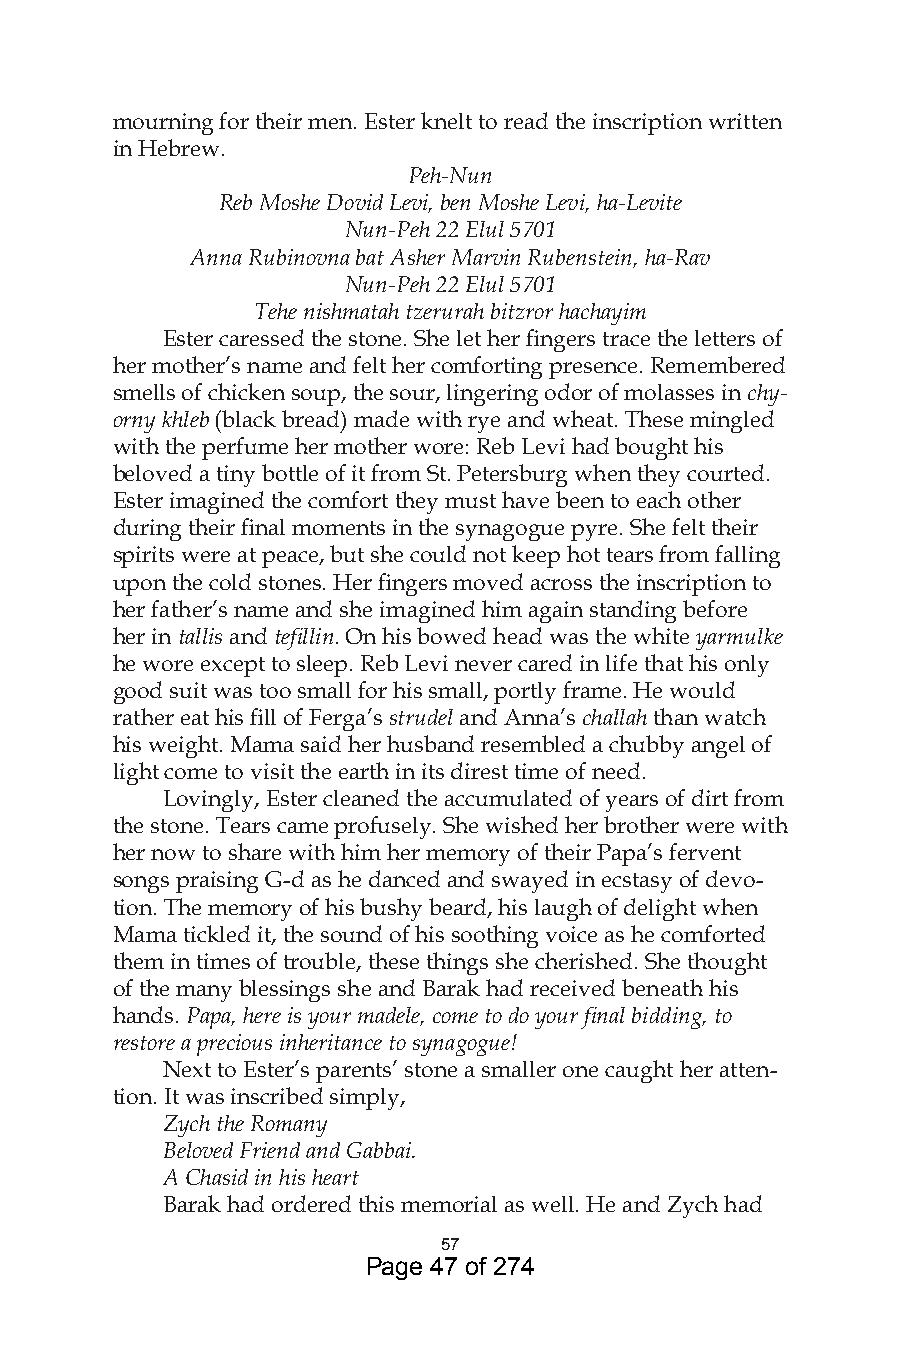
mourning for their men. Ester knelt to read the inscription written
 in Hebrew.
 Peh-Nun
 Reb Moshe Dovid Levi, ben Moshe Levi, ha-Levite
 Nun-Peh 22 Elul 5701
 Anna Rubinovna bat Asher Marvin Rubenstein, ha-Rav
 Nun-Peh 22 Elul 5701
 Tehe nishmatah tzerurah bitzror hachayim
 Ester caressed the stone. She let her fingers trace the letters of
 her mother’s name and felt her comforting presence. Remembered
 smells of chicken soup, the sour, lingering odor of molasses in chy-
 orny khleb (black bread) made with rye and wheat. These mingled
 with the perfume her mother wore: Reb Levi had bought his
 beloved a tiny bottle of it from St. Petersburg when they courted.
 Ester imagined the comfort they must have been to each other
 during their final moments in the synagogue pyre. She felt their
 spirits were at peace, but she could not keep hot tears from falling
 upon the cold stones. Her fingers moved across the inscription to
 her father’s name and she imagined him again standing before
 her in tallis and tefillin. On his bowed head was the white yarmulke
 he wore except to sleep. Reb Levi never cared in life that his only
 good suit was too small for his small, portly frame. He would
 rather eat his fill of Ferga’s strudel and Anna’s challah than watch
 his weight. Mama said her husband resembled a chubby angel of
 light come to visit the earth in its direst time of need.
 Lovingly, Ester cleaned the accumulated of years of dirt from
 the stone. Tears came profusely. She wished her brother were with
 her now to share with him her memory of their Papa’s fervent
 songs praising G-d as he danced and swayed in ecstasy of devo-
 tion. The memory of his bushy beard, his laugh of delight when
 Mama tickled it, the sound of his soothing voice as he comforted
 them in times of trouble, these things she cherished. She thought
 of the many blessings she and Barak had received beneath his
 hands. Papa, here is your madele, come to do your final bidding, to
 restore a precious inheritance to synagogue!
 Next to Ester’s parents’ stone a smaller one caught her atten-
 tion. It was inscribed simply,
 Zych the Romany
 Beloved Friend and Gabbai.
 A Chasid in his heart
 Barak had ordered this memorial as well. He and Zych had
 57
 Page 47 of 274